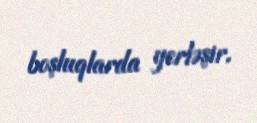
boşluqlarda yerləşir.